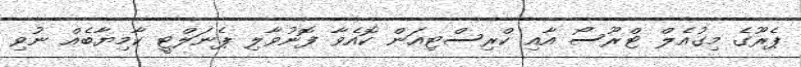
ޕެރޫގެ މިގުއެލް ޓްރޫސޯ އާއި ކްރިސްޓިއަން ކޮއެވާ ފޮނުވާލި ޕެނަލްޓީ ކާމިޔާބެއް ނުވި